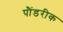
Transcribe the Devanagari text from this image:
पौंडरीक